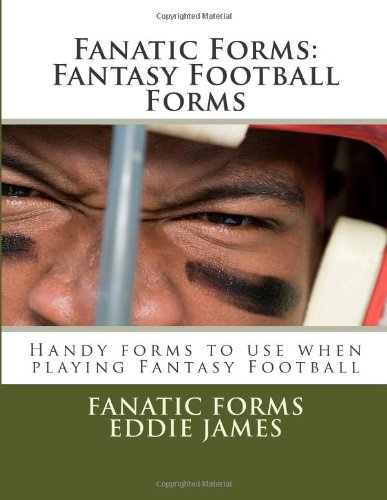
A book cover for Fanatic Forms: Fantasy Football Forms: Handy forms to use when playing Fantasy Football; Eddie James; Humor & Entertainment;